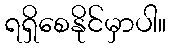
ရရှိစေနိုင်မှာပါ။